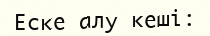
Еске алу кеші: